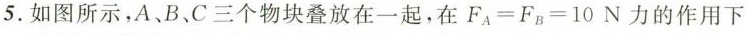
5.如图所示，A、B、C三个物块叠放在一起，在$$F_{A}=F_{B}=10N$$力的作用下